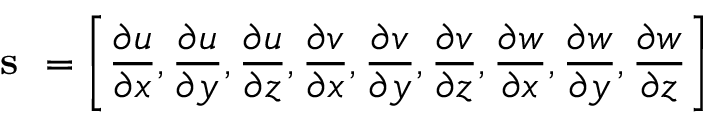
\textbf { s } = \left\lbrack \frac { \partial u } { \partial x } , \frac { \partial u } { \partial y } , \frac { \partial u } { \partial z } , \frac { \partial v } { \partial x } , \frac { \partial v } { \partial y } , \frac { \partial v } { \partial z } , \frac { \partial w } { \partial x } , \frac { \partial w } { \partial y } , \frac { \partial w } { \partial z } \right\rbrack